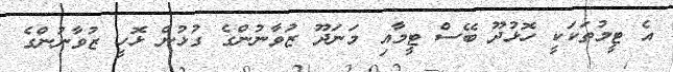
އެ ޓީމުތަކަކީ ހޮޅުދޫ ބޭސް ޓީމާއި މަނަދޫ ޒުވާނުންގެ ގުޅުން ޅޮހީ ޒުވާނުންގެ